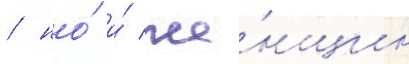
/ но́ и́ же́нщин